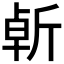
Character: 𣂣